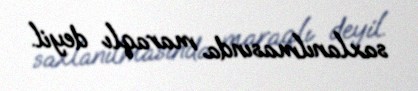
saxlanılmasında maraqlı deyil.